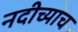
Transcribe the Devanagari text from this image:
नदीच्याच